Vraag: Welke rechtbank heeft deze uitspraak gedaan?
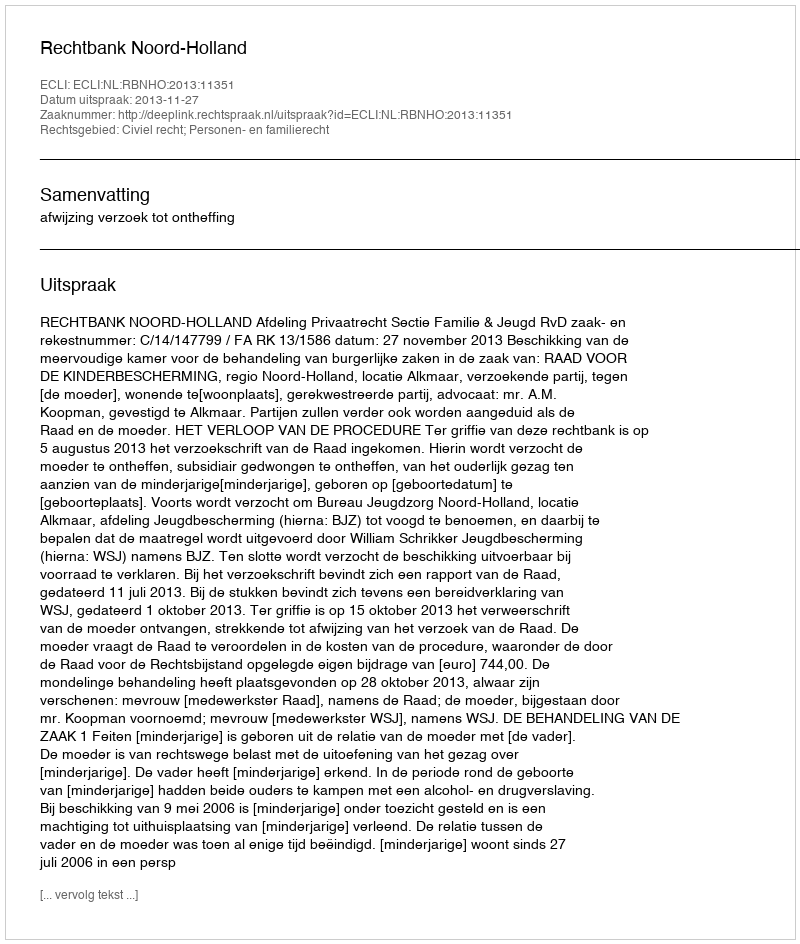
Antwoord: Rechtbank Noord-Holland